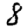
Digit: 8